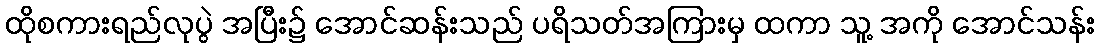
ထိုစကားရည်လုပွဲ အပြီး၌ အောင်ဆန်းသည် ပရိသတ်အကြားမှ ထကာ သူ့ အကို အောင်သန်း